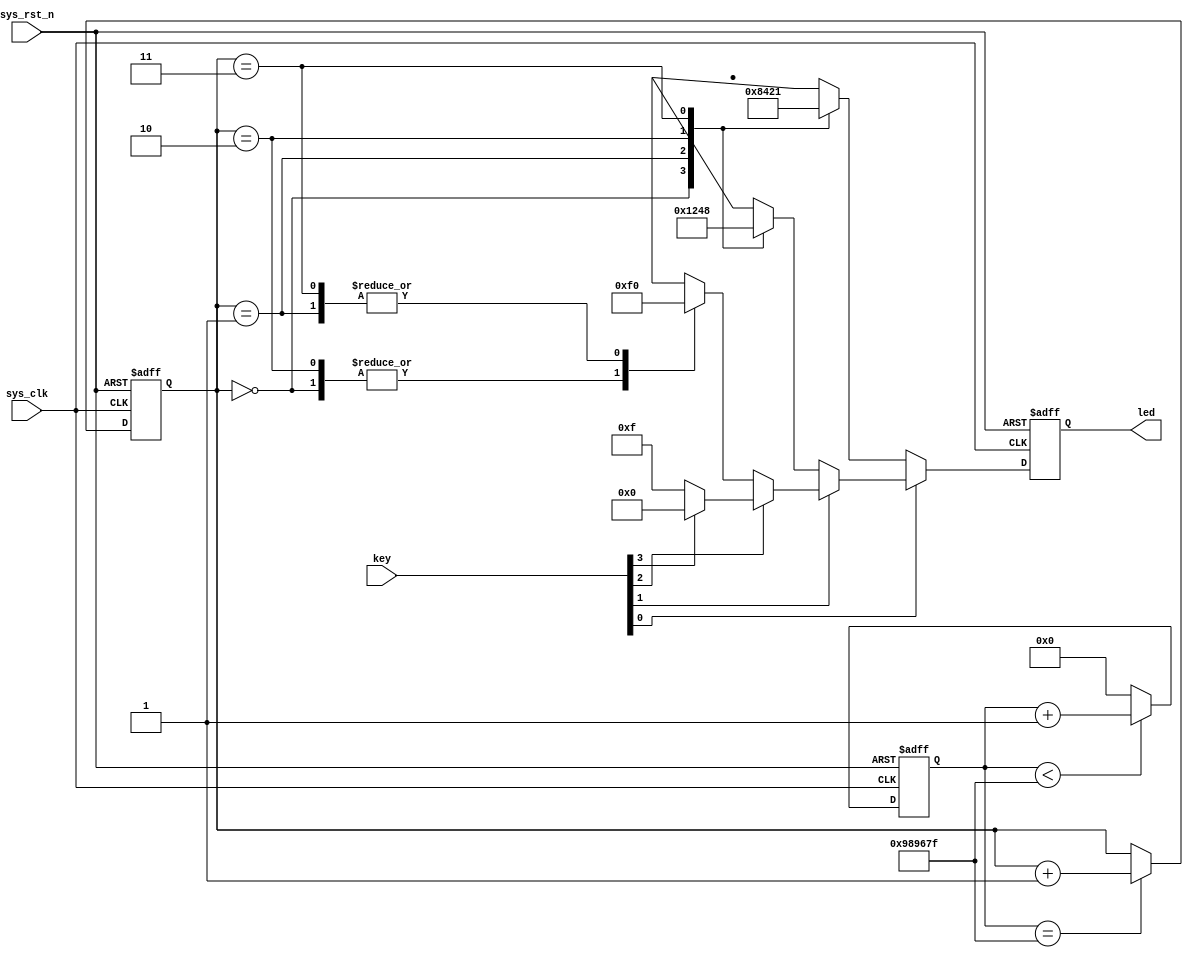
module key_led(
    input               sys_clk  ,    //50Mhz
    input               sys_rst_n,    //
    input        [3:0]  key,          //
    output  reg  [3:0]  led           //LED
    );

//reg define     
reg  [23:0] cnt;
reg  [1:0]  led_control;

//0.2s
always @ (posedge sys_clk or negedge sys_rst_n) begin
    if(!sys_rst_n)
        cnt<=24'd9_999_999;
    else if(cnt<24'd9_999_999)
        cnt<=cnt+1;
    else
        cnt<=0;
end 

//led
always @(posedge sys_clk or negedge sys_rst_n) begin
    if (!sys_rst_n)
        led_control <= 2'b00;
    else if(cnt == 24'd9_999_999) 
        led_control <= led_control + 1'b1;
    else
        led_control <= led_control;
end

//
always @(posedge sys_clk or negedge sys_rst_n) begin
    if(!sys_rst_n) begin
          led<=4'b 0000;
    end
    else if(key[0]== 0)  //1
        case (led_control)
            2'b00   : led<=4'b1000;
            2'b01   : led<=4'b0100;
            2'b10   : led<=4'b0010;
            2'b11   : led<=4'b0001;
            default  : led<=4'b0000;
        endcase
    else if (key[1]==0)  //2
        case (led_control)
            2'b00   : led<=4'b0001;
            2'b01   : led<=4'b0010;
            2'b10   : led<=4'b0100;
            2'b11   : led<=4'b1000;
            default  : led<=4'b0000;
        endcase
    else if (key[2]==0)  //3LED
        case (led_control)
            2'b00   : led<=4'b1111;
            2'b01   : led<=4'b0000;
            2'b10   : led<=4'b1111;
            2'b11   : led<=4'b0000;
            default  : led<=4'b0000;
        endcase
    else if (key[3]==0)  //4LED
        led=4'b1111;
    else
        led<=4'b0000;    //LED     
end

endmodule